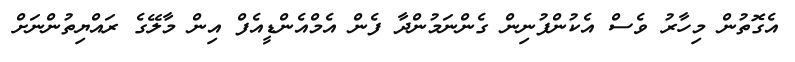
އެގޮތުން މިހާރު ވެސް އެކުންފުނިން ގެންނަމުންދާ ފެން އެމްއެންޑީއެފް އިން މާލޭގެ ރައްޔިތުންނަށް